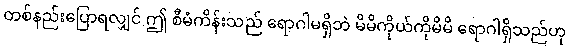
တစ်နည်းပြောရလျှင် ဤ စီမံကိန်းသည် ရောဂါမရှိဘဲ မိမိကိုယ်ကိုမိမိ ရောဂါရှိသည်ဟု